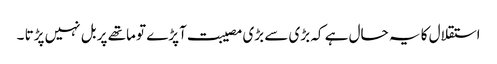
استقلال کا یہ حال ہے کہ بڑی سے بڑی مصیبت آپڑے تو ماتھے پر بل نہیں پڑتا ۔